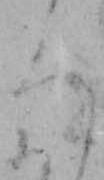
ろ